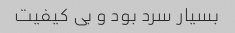
بسیار سرد بود و بی کیفیت